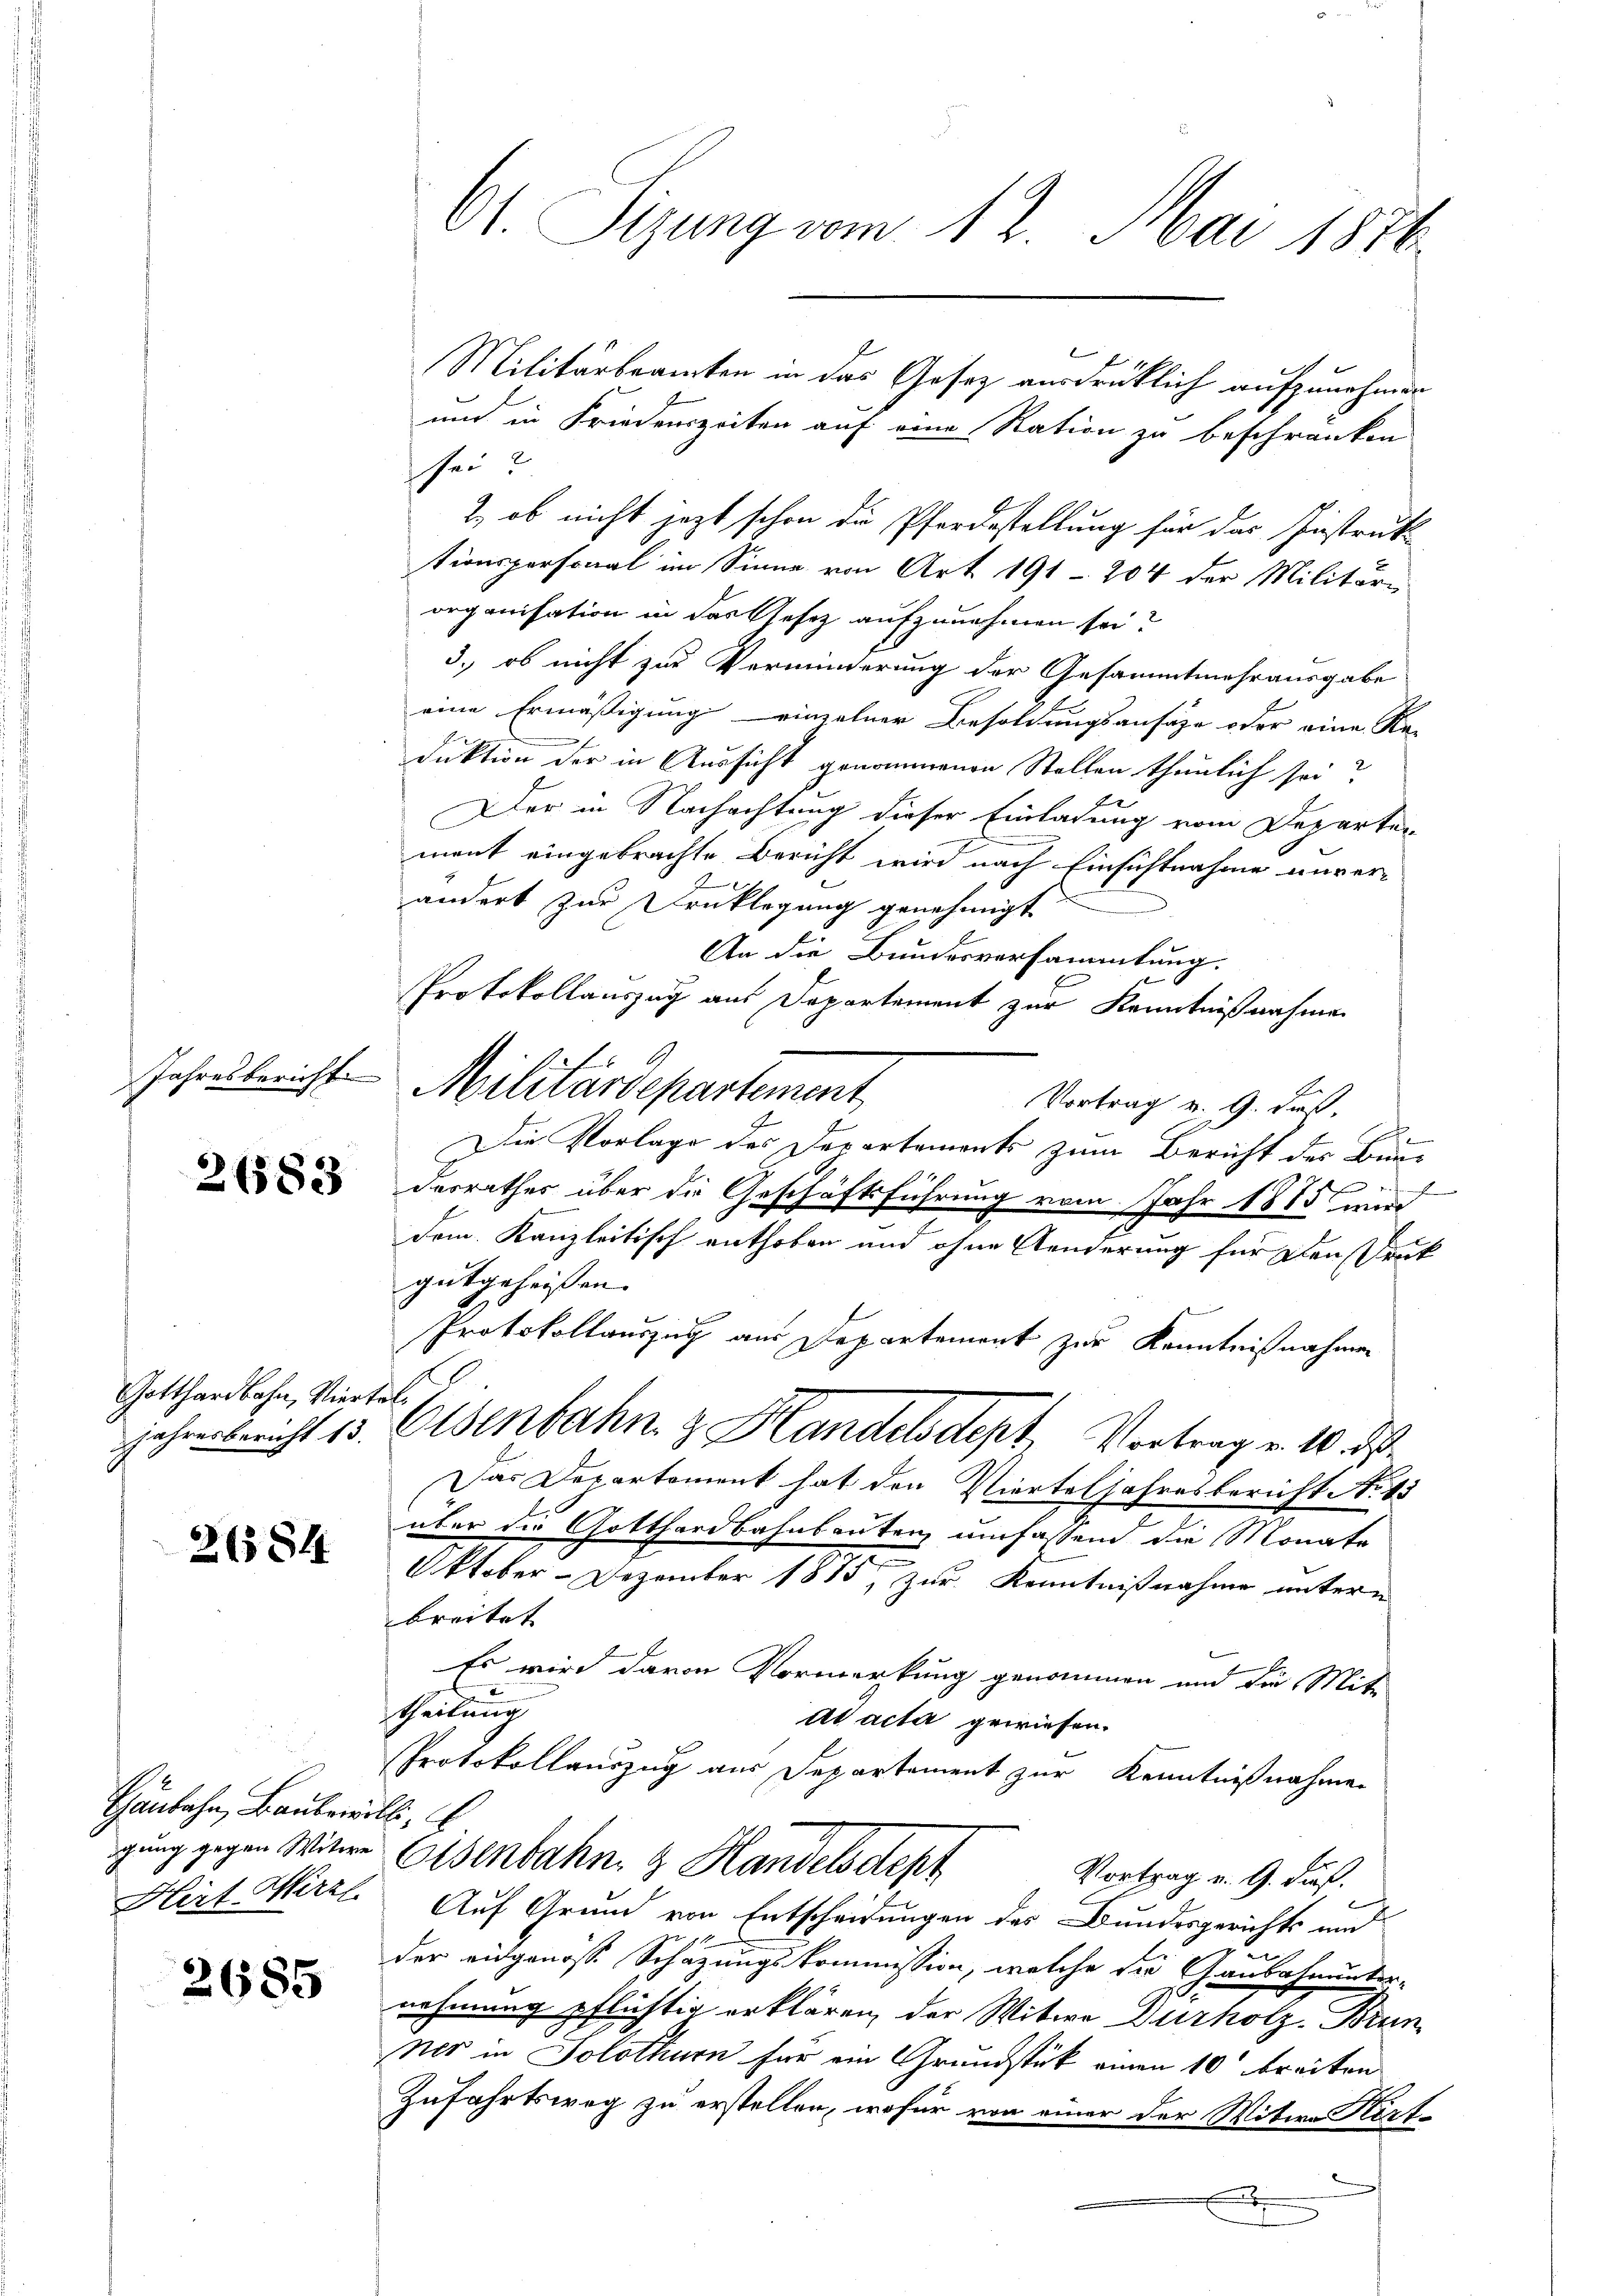
Jahresbericht

21583

Gotthardbahn, Vierteljahresbericht 13.

26584

Hanbahn, Bauleine
Hirt. Mirzl

2685

61. Sizung vom 12. Mai 1886.

sei?
2., ob nicht jetzt schon die Pferdestellung für das Instruk
tionspersonal im Sinne von Art. 191 - 204 der Militari
organisation in das Gesetz aufzunehmen sei?
3.) ob nicht zur Verminderung der Gesammtmehrausgabe
eine Ermäßigung einzelner Besoldungsansähe oder eine Re-
duktion der in Aussicht genommenen Stellen thunlich sei?
Der in Nachachtung dieser Einladung vom Departen
ment eingebrachte Bericht wird nach Einsichtnahme unverändert zur Drucklegung genehmigt
An die Bundesversammlung.
Protokollauszug aus Departement zur Kenntnißnahme
Militärdepartement
Vortrag v. 9. dieß.
e
Die Vorlage des Departements zum Bericht des Bür¬
11
derrathes über die Geschäftsführung vom Jahr 1885 wird
Dem Kanzleitisch enthoben und ohne Aenderung für den rück
gutgeheißen.
Protokollauszug aus Departement zur Kenntnißnahmen
Osenbahn & Handelsdept, Vortrag v. 10. ds.
Das Departement hat den Vierteljahresbericht No 15
über die Gotthardbahnbauten umfassend die Monate
Oktober-Dezember 1875, zur Kenntnißnahme untern
breitet
Es wird davon Vormerkung genommen und die Mit-
theilung
At acta gewiesen.
Protokollauszug aus Departement zur Kenntnißnahmen
E
gung gegen Witwe Eisenbahn & Handelsdept
Vortrag v. 9. dieß
Auf Grund von Entscheidungen des Bundesgerichts um
der eidgenosse Schazungskommission, welche die Gaubahnunter-
nehmung pflichtig erklären, der Witwe Durholz, Brun
Ner in Solothurn für ein Grundstück einen 10’ breiten
Zufahrtsweg zu erstellen, wofür von einer der Witwe Kerfx

Militärbeamten in das Gesetz ausdrüklich aufzunehmen
und in Friedenszeiten auf eine Ration zu beschränken